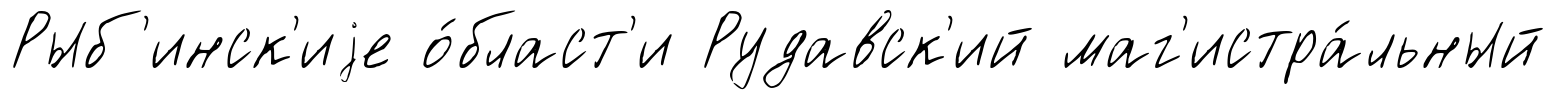
Рыб'инск'иjе о́бласт'и Рудавск'ий маг'истра́льный